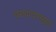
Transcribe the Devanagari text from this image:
बगदादपासून